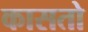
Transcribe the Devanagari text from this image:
कासतो